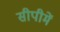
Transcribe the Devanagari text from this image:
सीपीमें